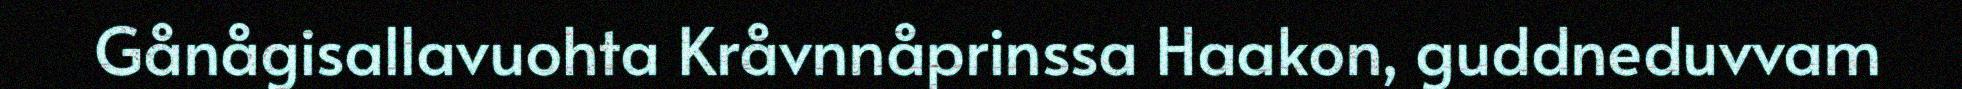
Gånågisallavuohta Kråvnnåprinssa Haakon, guddneduvvam